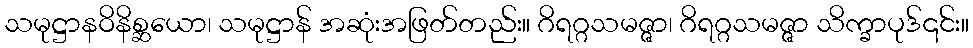
သမုဋ္ဌာနဝိနိစ္ဆယော၊ သမုဋ္ဌာန် အဆုံးအဖြတ်တည်း။ ဂိရဂ္ဂသမဇ္ဇာ၊ ဂိရဂ္ဂသမဇ္ဇာ သိက္ခာပုဒ်၎င်း။